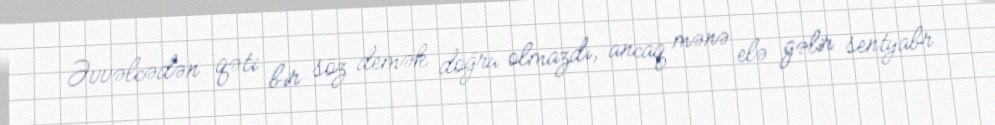
Əvvəlcədən qəti bir söz demək doğru olmazdı, ancaq mənə elə gəlir sentyabr